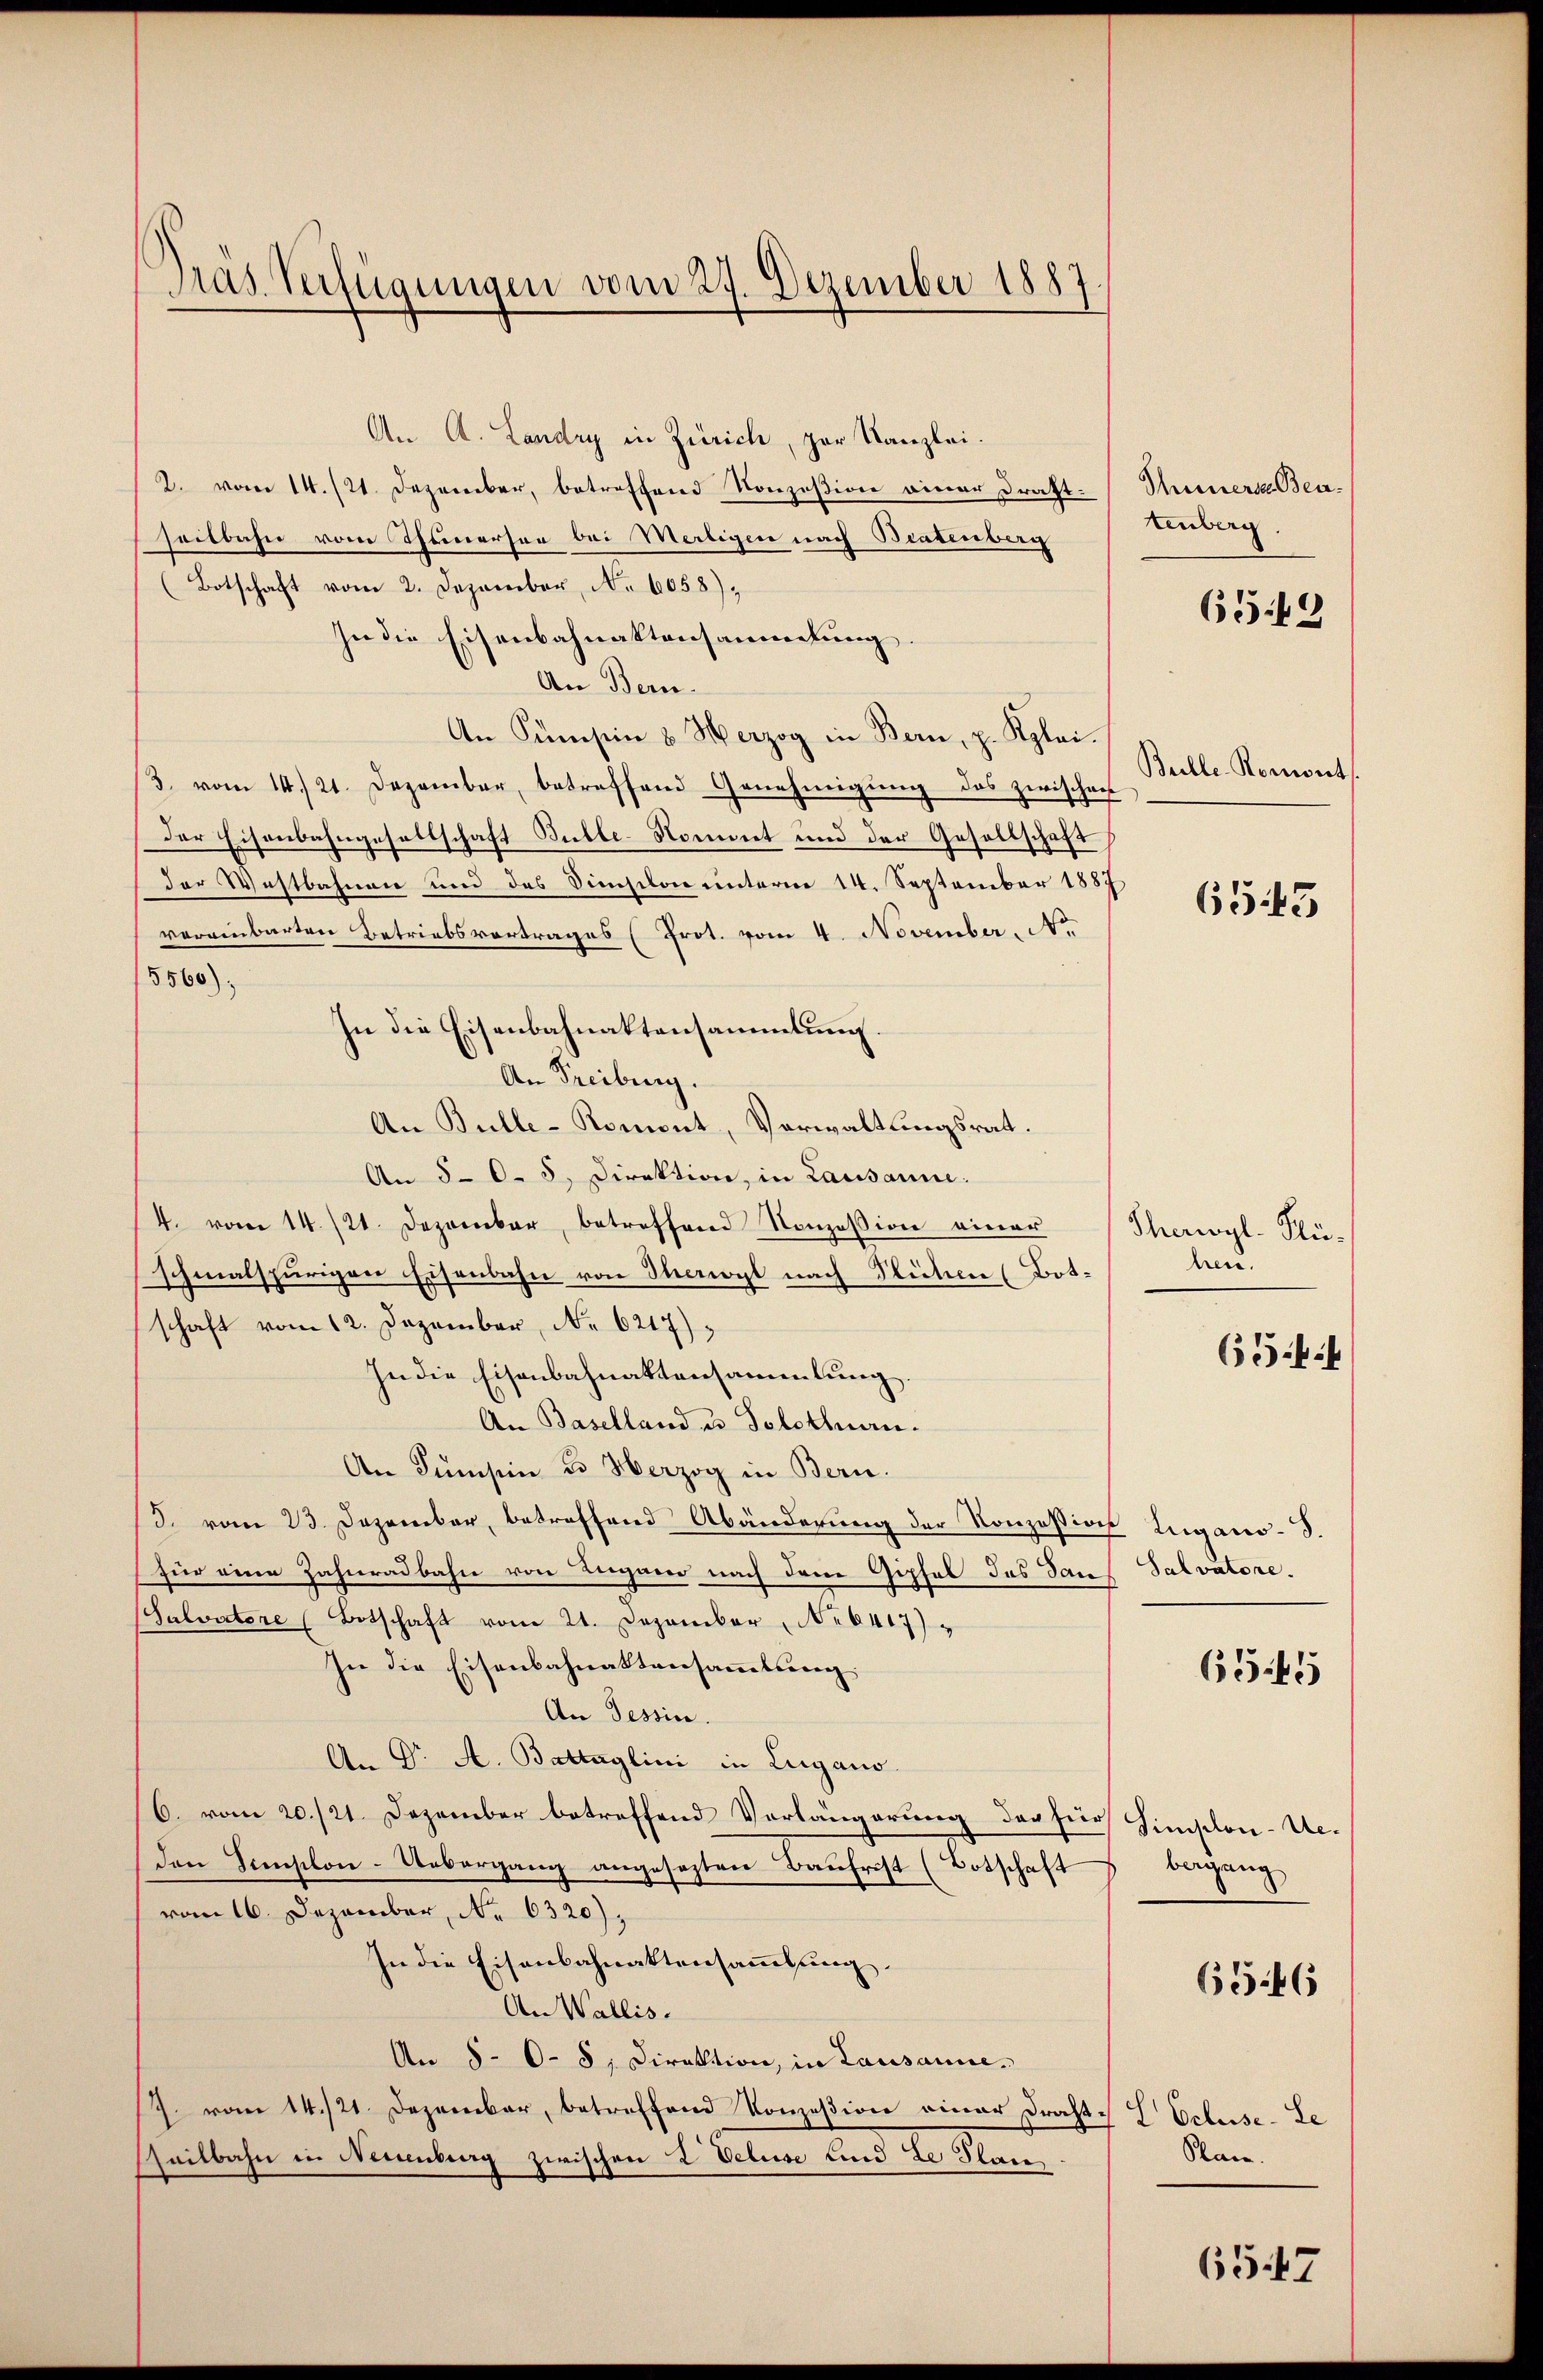
Tras Verfügungen vom 27. Dezember 1887.

An A. Landry in Zürich, zur Kanzlei.
2. vom 14. (21. Dezember, betroffend Konzesion einer Draht-
seitbahn vom Thommersee bei Mertigen nach Bratenberg
Botschaft vom 2. Dezember, No. 6058).
In die Eisenbahnaktensammlung.
An Bern.
An Sümision & Herzog in Bern, p. Klei¬
/3. vom 14./21. Dezember, betreffend Genehmigŭng des zwischen
der Eisenbahngesellschaft Bulle-Nommt und der Gesellschaft
der Westbahnen und des Simplon unterm 14. September 1887
vereinbarten Betriebsvertrages (Prot. vom 4. November. No.
5560);
In die Eisenbahnaktensammlung
An Freiburg.
An Bulle-Romont, Verwaltungsrat.
An 50. 5. Direktion, in Lausanne.
4. vom 14./21. Dezember, betreffend Konzession einer
schmalspurigen Eisenbahn von Theil nach Sichen (Botschaft vom 12. Dezember, No 6217),
In die Eisenbahnaktensammlung.
An Baselland u. Solothurn.
An Sumsein u. Herzog in Bern.
(S. vom 23. Dezember, betreffend Abänderung der Konzessions Zugano-S.
(für eine Zahnradbahn von Lugano nach dem Gipfel des Sauf
(Salvatore (Botschaft vom 21. Dezember, No 6417)
In die Eisenbahnaktensammlung.
An Tessin.
An Dr A. Battaglini in Lugano.
6. vom 20./21. Dezember betreffend Vorlängerung der für Simplon-Ue-
Den Simplon-Uebergang angesezten Baufrist (Botschaft
vom 16. Dezember, No 6320),
In die Eisenbahnaktensammlung.
An Wallis.
An 5 - 6. 5, Direktion, in Lausanne.
J. vom 14./21. Dezember, betreffend Konzession einer Draht: I Ecluse-Le
sheitbahn in Neuenburg zwischen 2 Veluse sind Le Plan

Thunersa Bentenberg.
659

Bulle. Romonts.

655

Therwyl - Muhren.

6544

Salvatore.

6545

bergang

6546

Plan.

657